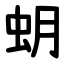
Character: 蚏